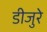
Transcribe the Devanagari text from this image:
डीजुरे